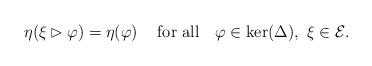
LaTeX: \begin{align*}\eta(\xi\rhd\varphi) = \eta(\varphi) \hskip 5mm \hbox{for all} \hskip 4mm \varphi \in \mathrm{ker}(\Delta),\ \xi \in {\cal E}.\end{align*}